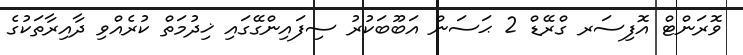
ވޮރަންޓް އޮފިސަރ ގްރޭޑް 2 ޙަސަން އަބޫބަކުރު ސިފައިންގޭގައި ޚިދުމަތް ކުރެއްވި ދާއިރާތަކުގެ